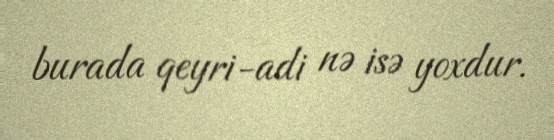
burada qeyri-adi nə isə yoxdur.